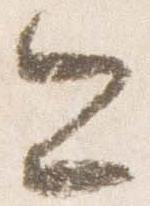
今